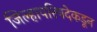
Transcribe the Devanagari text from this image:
जिल्हापरिषदेकडून